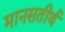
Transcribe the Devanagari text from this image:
मानसतीर्थ